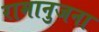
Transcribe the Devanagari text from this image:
रामानुजना